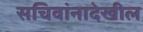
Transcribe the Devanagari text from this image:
सचिवांनादेखील